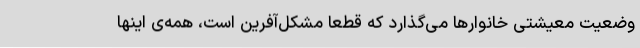
وضعیت معیشتی خانوارها می‌گذارد که قطعاً مشکل‌آفرین است، همه‌ی اینها